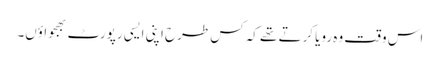
اس وقت وہ رویا کرتے تھے کہ کس طرح اپنی ایسی رپورٹ بھجواؤں۔